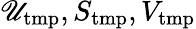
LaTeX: \mathscr{U}_{\mathrm{{tmp}}},S_{\mathrm{{tmp}}},V_{\mathrm{{tmp}}}